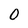
Character: 0